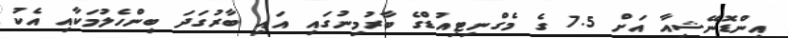
އިންޑޮނޭޝިއާ އަށް 7.5 ގެ މެގްނިޓިއުޑްގެ ބާރުމިނުގައި އައި ބާރުގަދަ ބިންހެލުމަކާއި އެކު